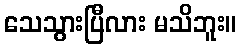
သေသွားပြီလား မသိဘူး။